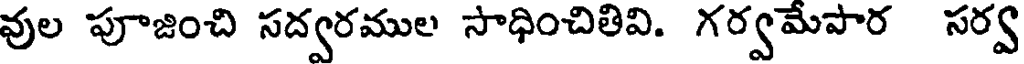
వుల పూజించి సద్వరముల సాధించితివి. గర్వమేపార సర్వ